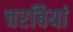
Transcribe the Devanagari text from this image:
चरबियां